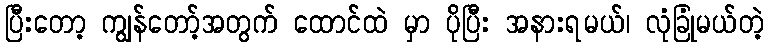
ပြီးတော့ ကျွန်တော့်အတွက် ထောင်ထဲ မှာ ပိုပြီး အနားရမယ်၊ လုံခြုံမယ်တဲ့